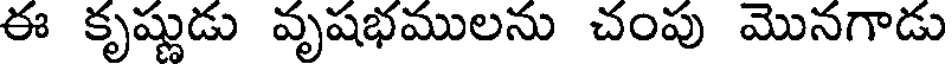
ఈ కృష్ణుడు వృషభములను చంపు మొనగాడు